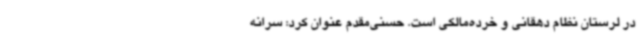
در لرستان نظام دهقانی و خرده‌مالکی است. حسنی‌مقدم عنوان کرد: سرانه